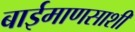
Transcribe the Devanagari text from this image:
बाईमाणसाशी